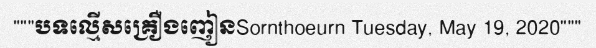
"""បទល្មើសគ្រឿងញៀនSornthoeurn Tuesday, May 19, 2020"""